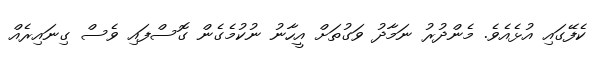
ކެފޭގައި އުޅެއެވެ. މެންދުރު ނަމާދު ވަގުތަށް އީހާނު ނުކުމެގެން ގޮސްފައި ވެސް ގިނައިރެއް